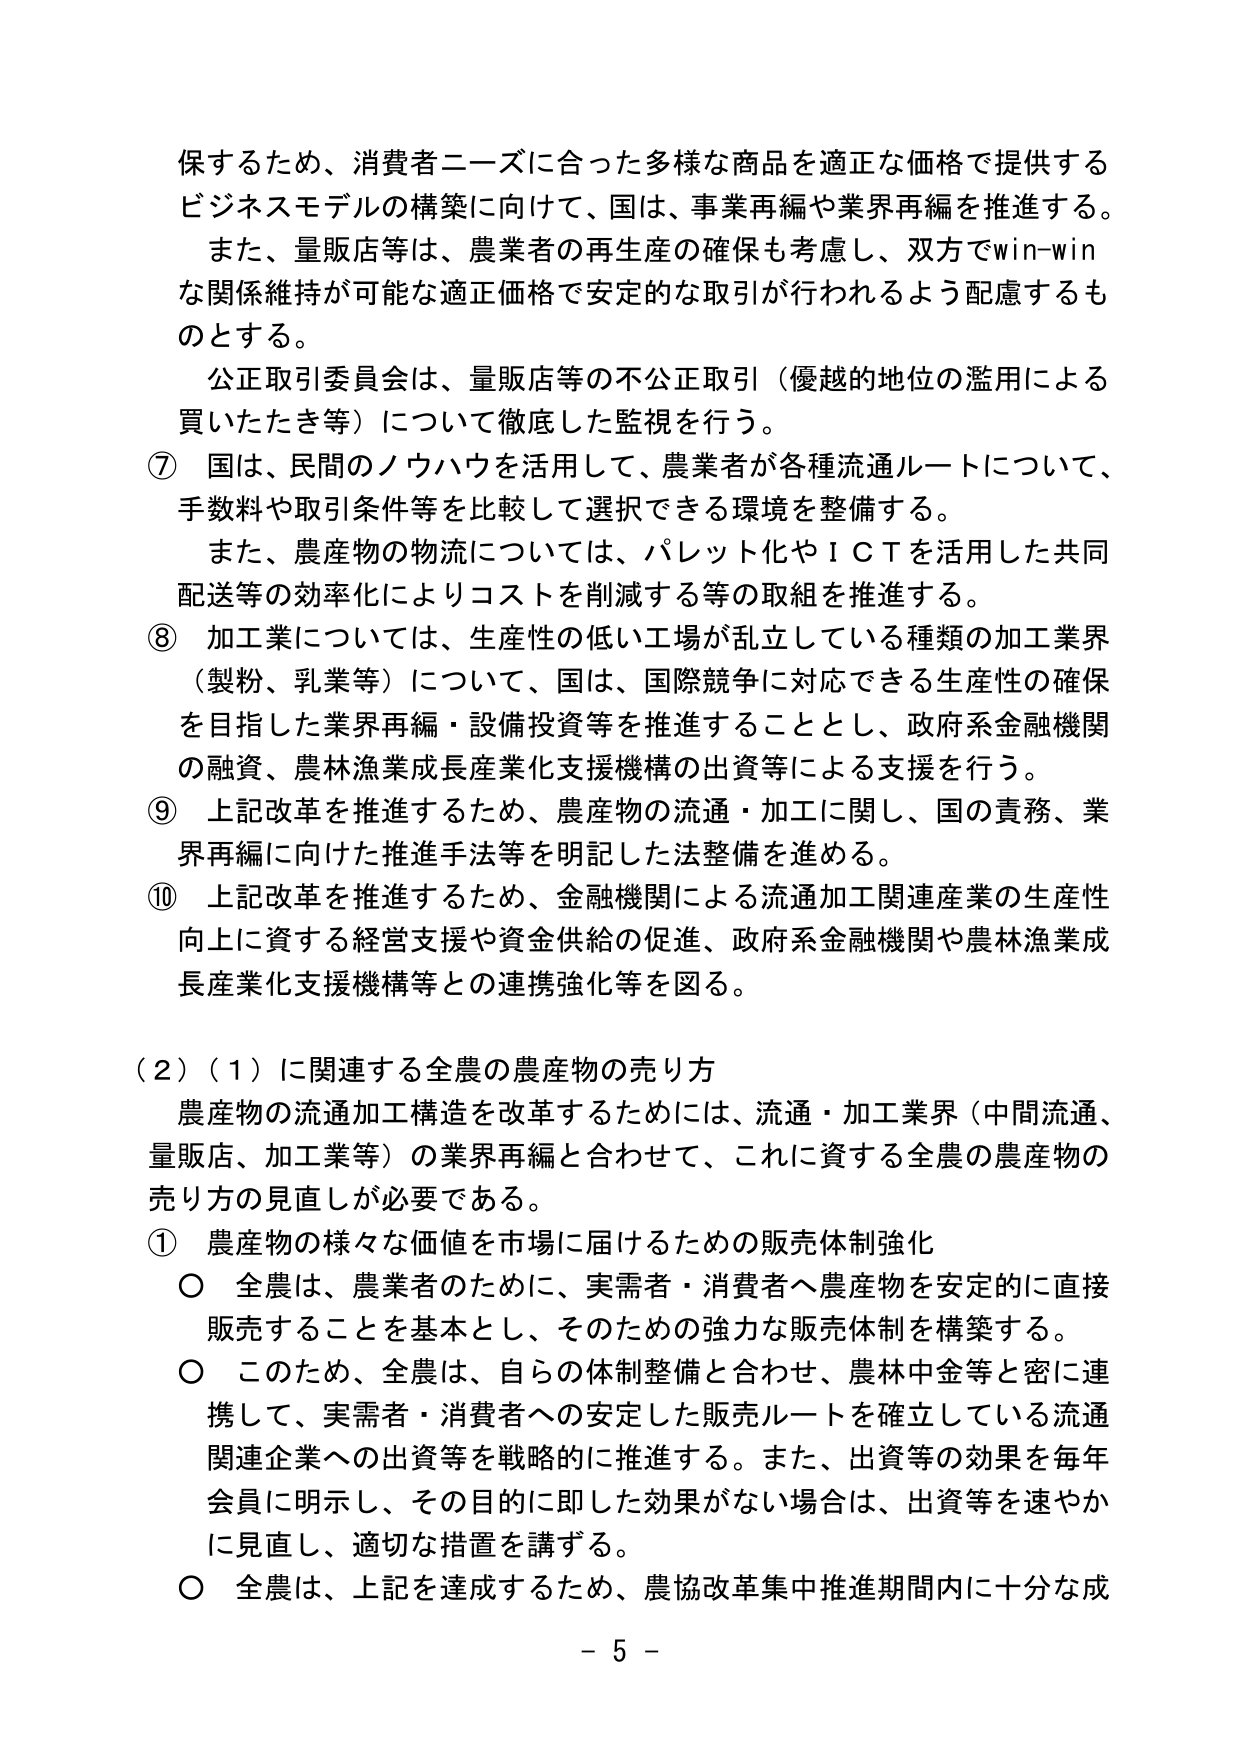
保するため、消費者ニーズに合った多様な商品を適正な価格で提供するビジネスモデルの構築に向けて、国は、事業再編や業界再編を推進する。また、量販店等は、農業者の再生産の確保も考慮し、双方でwin-winな関係維持が可能な適正価格で安定的な取引が行われるよう配慮するものとする。

公正取引委員会は、量販店等の不公正取引（優越的地位の濫用による買いたたき等）について徹底した監視を行う。

⑦ 国は、民間のノウハウを活用して、農業者が各種流通ルートについて、手数料や取引条件等を比較して選択できる環境を整備する。また、農産物の物流については、パレット化やＩＣＴを活用した共同配送等の効率化によりコストを削減する等の取組を推進する。

⑧ 加工業については、生産性の低い工場が乱立している種類の加工業界（製粉、乳業等）について、国は、国際競争に対応できる生産性の確保を目指した業界再編・設備投資等を推進することとし、政府系金融機関の融資、農林漁業成長産業化支援機構の出資等による支援を行う。

⑨ 上記改革を推進するため、農産物の流通・加工に関し、国の責務、業界再編に向けた推進手法等を明記した法整備を進める。

⑩ 上記改革を推進するため、金融機関による流通加工関連産業の生産性向上に資する経営支援や資金供給の促進、政府系金融機関や農林漁業成長産業化支援機構等との連携強化等を図る。

（2）（1）に関連する全農の農産物の売り方

農産物の流通加工構造を改革するためには、流通・加工業界（中間流通、量販店、加工業等）の業界再編と合わせて、これに資する全農の農産物の売り方の見直しが必要である。

① 農産物の様々な価値を市場に届けるための販売体制強化

○ 全農は、農業者のために、実需者・消費者へ農産物を安定的に直接販売することを基本とし、そのための強力な販売体制を構築する。

○ このため、全農は、自らの体制整備と合わせ、農林中金等と密に連携して、実需者・消費者への安定した販売ルートを確立している流通関連企業への出資等を戦略的に推進する。また、出資等の効果を毎年会員に明示し、その目的に即した効果がない場合は、出資等を速やかに見直し、適切な措置を講ずる。

○ 全農は、上記を達成するため、農協改革集中推進期間内に十分な成

－ 5 －